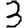
Digit: 3